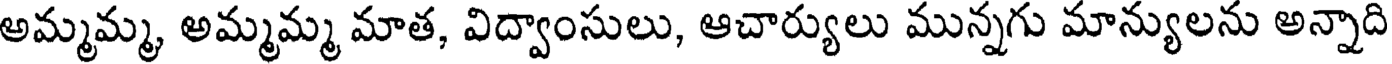
అమ్మమ్మ, అమ్మమ్మ మాత, విద్వాంసులు, ఆచార్యులు మున్నగు మాన్యులను అన్నాది